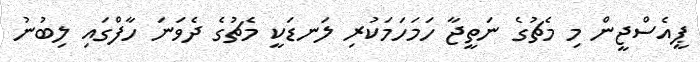
ޕީއެސްޖީން މި މެޗުގެ ނަތީޖާ ހަމަހަމަކުރި ލަނޑަކީ މެޗުގެ ދެވަނަ ހާފްގައި ލިބުނު